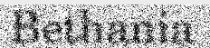
Bethania